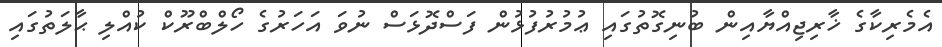
އެމެރިކާގެ ޚާރިޖިއްޔާއިން ބުނިގޮތުގައި ޢުމުރުފުޅުން ފަސްދޮޅަސް ނުވަ އަހަރުގެ ހޯލްބްރޫކް ކުއްލި ޙާލަތުގައި